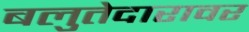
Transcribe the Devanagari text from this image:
बलुतेदारावर